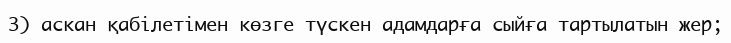
3) аскан қабілетімен көзге түскен адамдарға сыйға тартылатын жер;